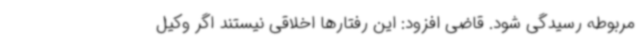
مربوطه رسیدگی شود. قاضی افزود: این رفتارها اخلاقی نیستند اگر وکیل